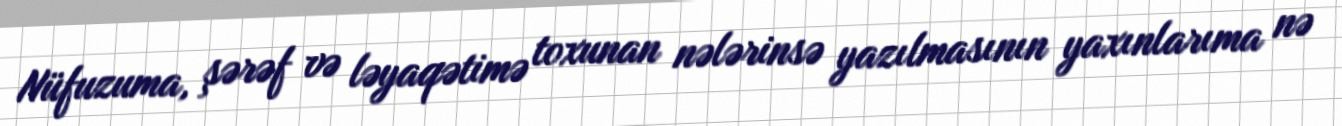
Nüfuzuma, şərəf və ləyaqətimə toxunan nələrinsə yazılmasının yaxınlarıma nə